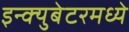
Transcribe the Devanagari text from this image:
इन्क्युबेटरमध्ये